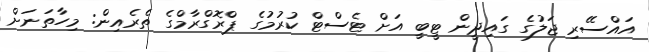
އައްސޭރި ޖަލުގެ ގައިދީން ޓީބީ އަށް ޓެސްޓް ކުރުމުގެ ޕްރޮގްރާމްގެ ތެރެއިން: މިހާތަނަށް